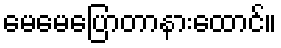
မေမေပြောတာနားထောင်။